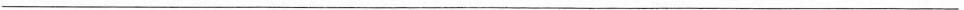
___